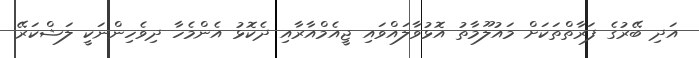
އަދި ބޭރުގެ ފަރާތްތަކަށް މައުލޫމާތު އޮޅުވާލައްވައި ޖީއެމްއާރާއި ދެކޮޅު އެންމެހާ ދިވެހިންނަކީ ލަޝްކަރޭ